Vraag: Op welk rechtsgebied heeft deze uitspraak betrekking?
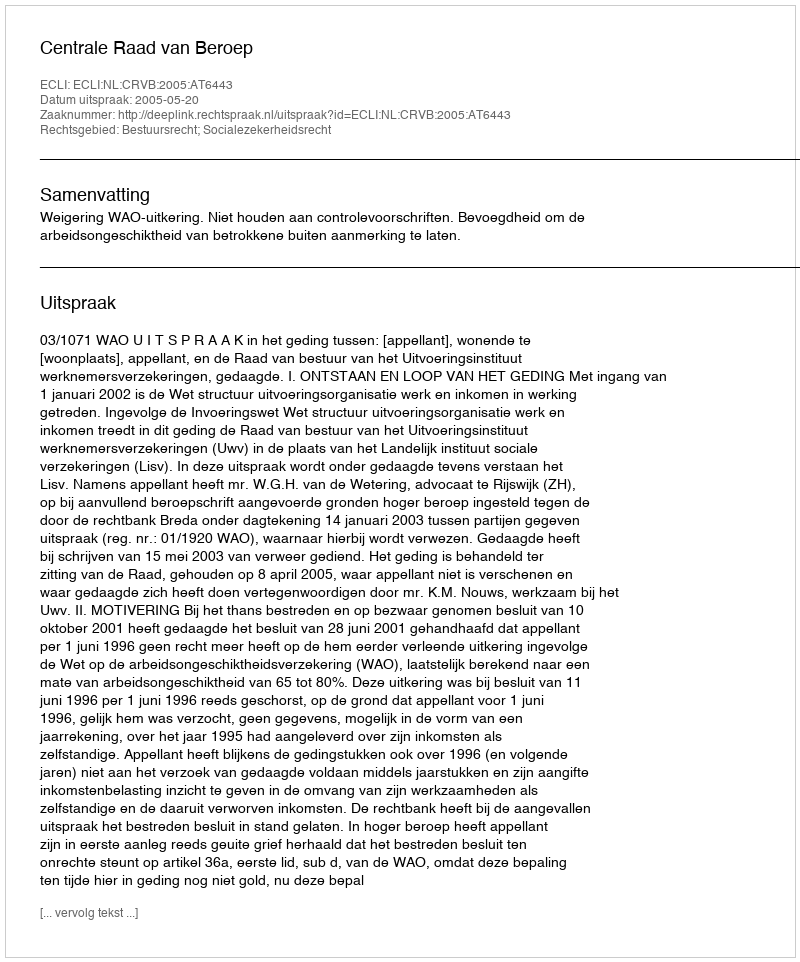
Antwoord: Bestuursrecht; Socialezekerheidsrecht